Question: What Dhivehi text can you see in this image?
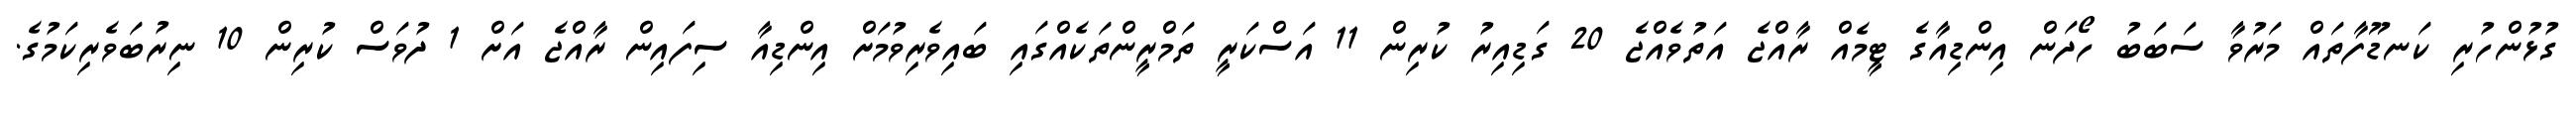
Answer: ގުޅުންހުރި ކަނޑޫފާތައް މަރުވާ ސަބަބު ހޯދަން އިންޑިއާގެ ޓީމެއް ރާއްޖެ އަތުވެއްޖެ 20 ގަޑިއިރު ކުރިން 11 އަސްކަރީ ތަމްރީންތަކެއްގައި ބައިވެރިވުމަށް އިންޑިއާ ސިފައިން ރާއްޖެ އަށް 1 ދުވަސް ކުރިން 10 ނިރުބަވެރިކަމުގެ.